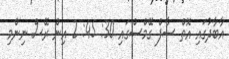
އާބާދުގައި އޮތް ސާފް ގޭމްސްގައި 30: 45: 2 އިން ރޭސް ނިންމި